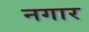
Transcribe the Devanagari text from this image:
नगार